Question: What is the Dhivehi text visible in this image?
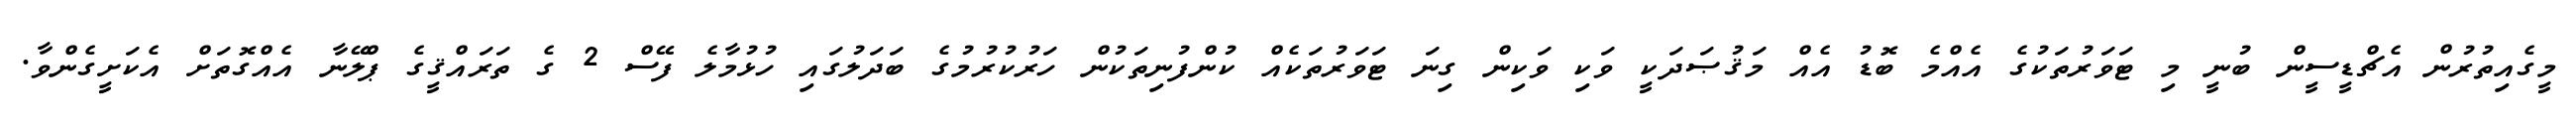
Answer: މީގެއިތުރުން އެޗްޑީސީން ބުނީ މި ޓަވަރުތަކުގެ އެއްމެ ބޮޑު އެއް މަޤުޞަދަކީ ވަކި ވަކިން ގިނަ ޓަވަރުތަކެއް ކުންފުނިތަކުން ހަރުކުރުމުގެ ބަދަލުގައި ހުޅުމާލެ ފޭސް 2 ގެ ތަރައްޤީގެ ޕްލޭނާ އެއްގޮތަށް އެކަށީގެންވާ.